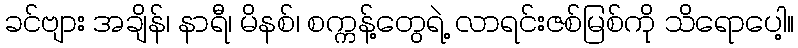
ခင်ဗျား အချိန်၊ နာရီ၊ မိနစ်၊ စက္ကန့်တွေရဲ့ လာရင်းဇစ်မြစ်ကို သိရောပေါ့။